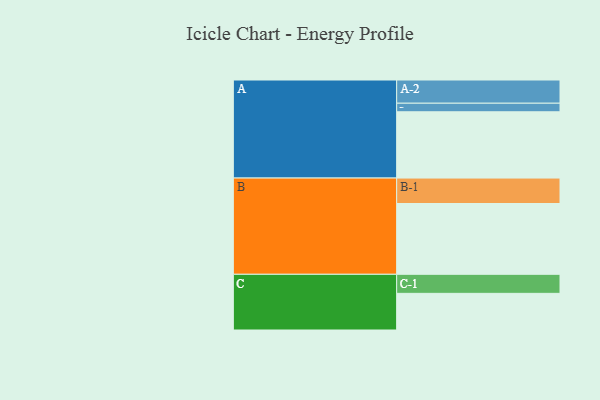
{"axis": {"x": "Segment", "y": "Value"}, "legend": ["", "A", "B", "C"], "data": [{"x": "A", "y": 557, "type": ""}, {"x": "B", "y": 595, "type": ""}, {"x": "C", "y": 308, "type": ""}, {"x": "A-1", "y": 72, "type": "A"}, {"x": "A-2", "y": 195, "type": "A"}, {"x": "B-1", "y": 214, "type": "B"}, {"x": "C-1", "y": 160, "type": "C"}]}